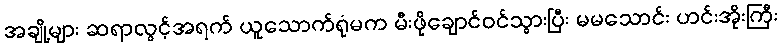
အချို့များ ဆရာလွင့်အရက် ယူသောက်ရုံမက မီးဖိုချောင်ဝင်သွားပြီး မမသောင်း ဟင်းအိုးကြီး